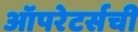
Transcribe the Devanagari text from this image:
ऑपरेटर्सची